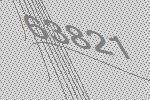
63821